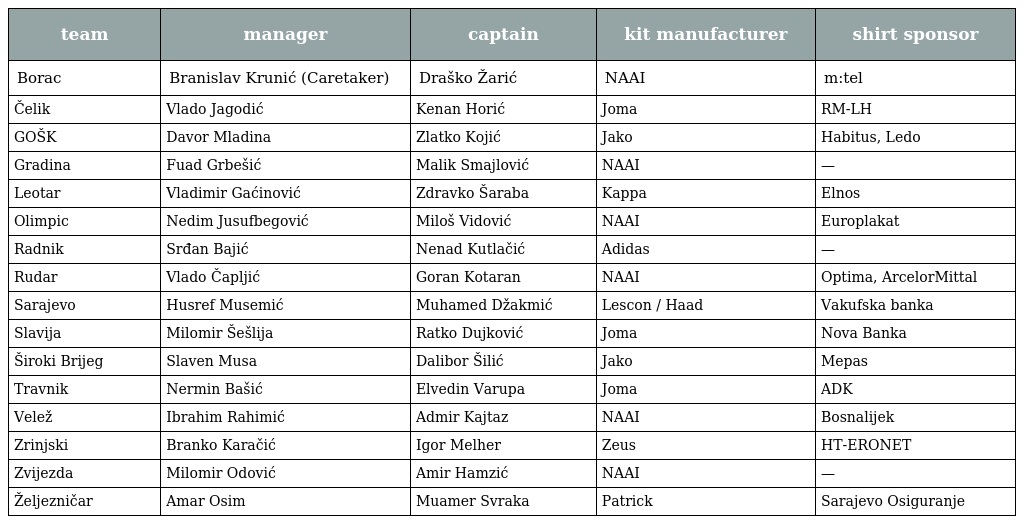
| team | manager | captain | kit manufacturer | shirt sponsor |
 | --- | --- | --- | --- | --- |
 | Borac | Branislav Krunić (Caretaker) | Draško Žarić | NAAI | m:tel |
 | Čelik | Vlado Jagodić | Kenan Horić | Joma | RM-LH |
 | GOŠK | Davor Mladina | Zlatko Kojić | Jako | Habitus, Ledo |
 | Gradina | Fuad Grbešić | Malik Smajlović | NAAI | — |
 | Leotar | Vladimir Gaćinović | Zdravko Šaraba | Kappa | Elnos |
 | Olimpic | Nedim Jusufbegović | Miloš Vidović | NAAI | Europlakat |
 | Radnik | Srđan Bajić | Nenad Kutlačić | Adidas | — |
 | Rudar | Vlado Čapljić | Goran Kotaran | NAAI | Optima, ArcelorMittal |
 | Sarajevo | Husref Musemić | Muhamed Džakmić | Lescon / Haad | Vakufska banka |
 | Slavija | Milomir Šešlija | Ratko Dujković | Joma | Nova Banka |
 | Široki Brijeg | Slaven Musa | Dalibor Šilić | Jako | Mepas |
 | Travnik | Nermin Bašić | Elvedin Varupa | Joma | ADK |
 | Velež | Ibrahim Rahimić | Admir Kajtaz | NAAI | Bosnalijek |
 | Zrinjski | Branko Karačić | Igor Melher | Zeus | HT-ERONET |
 | Zvijezda | Milomir Odović | Amir Hamzić | NAAI | — |
 | Željezničar | Amar Osim | Muamer Svraka | Patrick | Sarajevo Osiguranje |